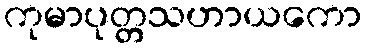
ကုမာပုတ္တသဟာယကော